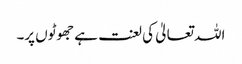
اللہ تعالیٰ کی لعنت ہے جھوٹوں پر۔